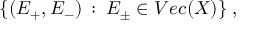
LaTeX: \{ ( E _ { + } , E _ { - } ) \: : \: E _ { \pm } \in V e c ( X ) \} \; ,